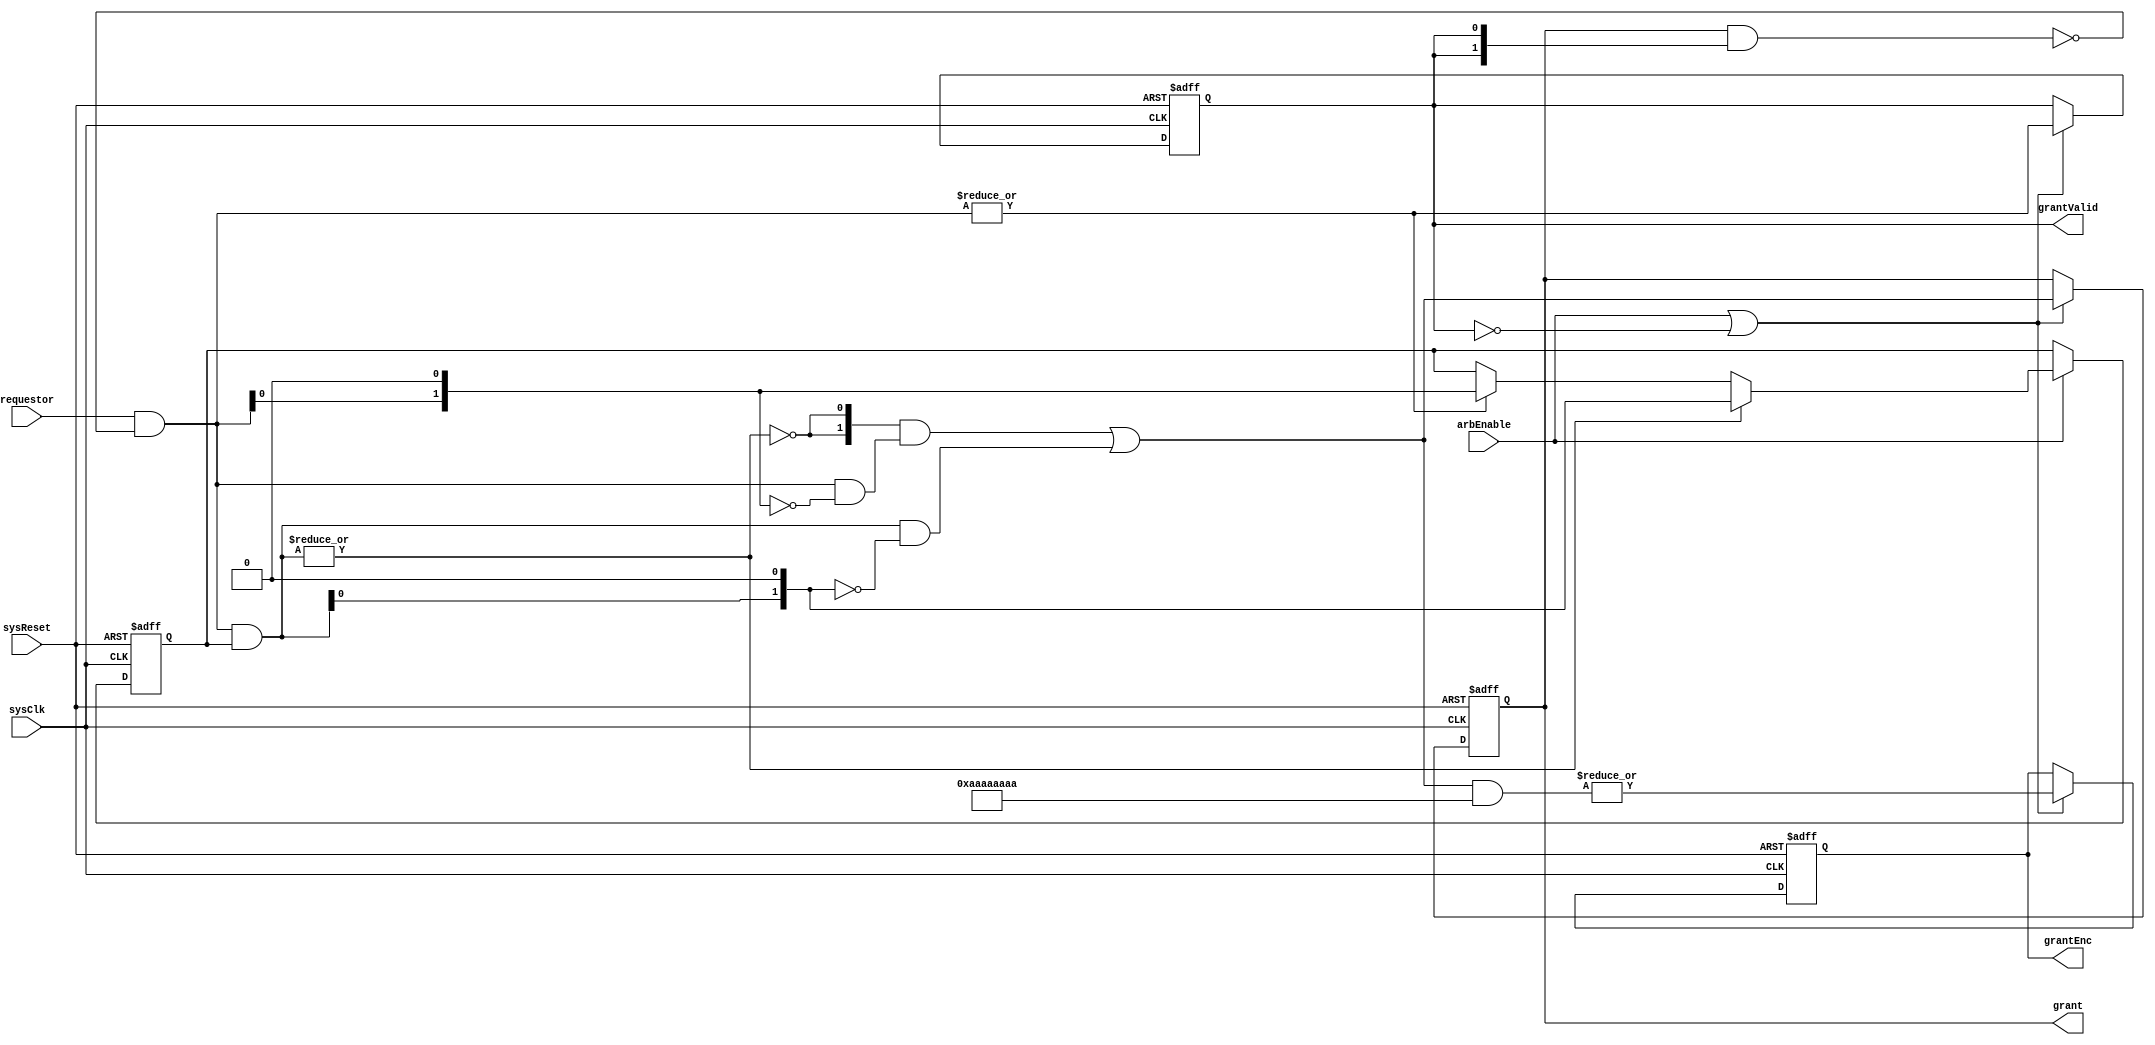
`timescale 1ns / 1ns
///////////////////////////////////////////////////////////////////////////////////////////////////
// Company: MICROSEMI
//
// IP Core: COREAXI4INTERCONNECT
//
//  Description  : The AMBA AXI4 Interconnect core connects one or more AXI memory-mapped master devices to one or
//                 more memory-mapped slave devices. The AMBA AXI protocol supports high-performance, high-frequency
//                 system designs.
//
//     Abstract  : This file contains a Round Round Arbitrator for a configurable 
//                 number of requestors.
//
//  COPYRIGHT 2017 BY MICROSEMI 
//  THE INFORMATION CONTAINED IN THIS DOCUMENT IS SUBJECT TO LICENSING RESTRICTIONS 
//  FROM MICROSEMI CORP.  IF YOU ARE NOT IN POSSESSION OF WRITTEN AUTHORIZATION FROM 
//  MICROSEMI FOR USE OF THIS FILE, THEN THE FILE SHOULD BE IMMEDIATELY DESTROYED AND 
//  NO BACK-UP OF THE FILE SHOULD BE MADE. 
//
//
/////////////////////////////////////////////////////////////////////////////////////////////////// 

module caxi4interconnect_RoundRobinArb (
						// global signals
						sysClk,
						sysReset,

						requestor,
						arbEnable,					
						grant,
						grantEnc,
						grantValid
				   
					  );


//===================================================
// Parameter Declarations
//===================================================

	parameter N = 2;							// defines number bits for requestors/grants
	parameter N_WIDTH = 1;						// defines number bits for number of requestors/grants
	
	parameter HI_FREQ 			= 0;			// increases freq of operation at cost of added latency
	
	
	//===============================================
	// Memory Map - Word addressing
	//===============================================
	localparam STATUS_WORD 		= 5'h00;

	
//============================================================================
// I/O Declarations
//============================================================================

	input sysClk;									// system clock
	input sysReset;									// system reset - synchronse to sysClk - active high
	
	
	input 	[N-1:0]	requestor;						// requestors to be arbitrated between
	input			arbEnable;						// Indictaes when an arbitration should be performs among requestors
	
	output 	[N-1:0] grant;							// winner of arbitration will have grant bit set - available 1 clock tick after
													// arbEnable asserted.
	output	[N_WIDTH-1:0]	grantEnc;				// encoded version of grant which is one-hot.

	output			grantValid;						// asserted when grant is valid
//============================================================================
// Local Declarationes
//============================================================================

 reg [N-1:0]		grant;
 wire [N-1:0]		d_grant;
 
 reg [N_WIDTH-1:0]	grantEnc;				// encoded version of grant which is one-hot.

 reg			grantValid;			

 reg [N-1:0]	priorityMask;					// mask to remove winner and lower requestors
 
 reg [N-1:0]	requestorMasked;				// requestor has "granted" masked out when arbEnable asserted (as source will still be driving last request

 wire [N-1:0] 	reqMasked, mask_higher_pri_reqs, grantMasked;
 wire [N-1:0]	unmask_higher_pri_reqs, grantUnmasked;
 wire			no_req_masked;

 
//===============================================================================================
// Convert 16-bit one-hot to 4-bit binary
//===============================================================================================
function [4:0] fnc_hot2enc
    (
      input [31:0]  oneHot
    );
	begin
      fnc_hot2enc[0] = |(oneHot & 32'b10101010101010101010101010101010);
      fnc_hot2enc[1] = |(oneHot & 32'b11001100110011001100110011001100);
      fnc_hot2enc[2] = |(oneHot & 32'b11110000111100001111000011110000);
      fnc_hot2enc[3] = |(oneHot & 32'b11111111000000001111111100000000);
      fnc_hot2enc[4] = |(oneHot & 32'b11111111111111110000000000000000);
	end
endfunction	

 
//==================================================================================
// Mask out granted request when grantValid asserted as source still driving request
//===================================================================================
generate
	if ( HI_FREQ == 1 )
		begin

			always @(posedge sysClk or negedge sysReset)
				begin
				    if(~sysReset)
					  requestorMasked <= 0;
					else if ( grantValid )
					  requestorMasked <= { requestor & ( ~( grant ) ) };
					else 														// handle fact we have add pipeline stage - about to set grantValid
					  requestorMasked <= { requestor & ( ~( d_grant ) ) };	// mask out questor selected in case arbEnable asserted
																				// immediately
				end
		end
	else
		begin
			always @( * )
				begin
					requestorMasked <= { requestor & ( ~( grant & { N{grantValid} } ) ) };
				end		

		end

endgenerate



//==============================================================================
// Simple priority arbitration for masked portion
//==============================================================================
assign reqMasked = requestorMasked & priorityMask;
assign mask_higher_pri_reqs[N-1:1] = mask_higher_pri_reqs[N-2: 0] | reqMasked[N-2:0] ;
assign mask_higher_pri_reqs[0] = 1'b0;

assign grantMasked[N-1:0] = reqMasked[N-1:0] & ~mask_higher_pri_reqs[N-1:0];

//=================================================================================
// Simple priority arbitration for unmasked portion
//=================================================================================
assign unmask_higher_pri_reqs[N-1:1] = unmask_higher_pri_reqs[N-2:0] | requestorMasked[N-2:0];
assign unmask_higher_pri_reqs[0] = 1'b0;
assign grantUnmasked[N-1:0] = requestorMasked[N-1:0] & ~unmask_higher_pri_reqs[N-1:0];

//===================================================================================
// Use grant_masked if there is any there, otherwise use grant_unmasked.
// Coded as AND / OR rather than mux to make synthesis easier.
//===================================================================================
assign no_req_masked = ~( |reqMasked );

assign	d_grant = ( { N{ no_req_masked } } & grantUnmasked ) | grantMasked;

always @(posedge sysClk or negedge sysReset )
begin
	if ( !sysReset )
		begin
		
			grantEnc <= 0;			// encode one-hot 

			grant 		<=  { 1'b1, { N-1{1'b0} } };		// default to highest requestorMasked granted - 0 is next
			grantValid	<= 1'b0;

		end
	else if (arbEnable | ~grantValid)						// arb no grantValid or arbEnable asserted to indicate finished with last request
		begin
			grant 		<= d_grant;
			grantEnc 	<= fnc_hot2enc ( d_grant );			// encode one-hot - used to help with timing closure

			grantValid	<= |(requestorMasked);
		end
		
end

//===================================================================================
// Update priority mask to remove winner and lower requesters
//===================================================================================
always @ (posedge sysClk or negedge sysReset ) 
begin
	if (!sysReset) 
		begin
			priorityMask <= { N{1'b1} };		// initialise that requestorMasked[0] has priority
		end 
	else 
		begin
			if ( arbEnable )
				begin
					if ( |reqMasked ) 
						begin // Which arbiter was used?
							priorityMask <= mask_higher_pri_reqs;
						end 
					else 
						begin
							if ( |requestorMasked )  
								begin 		// Only update if there's a req
									priorityMask <= unmask_higher_pri_reqs;
								end 
						end
				end
		end
		
end



endmodule // caxi4interconnect_RoundRobinArb.v